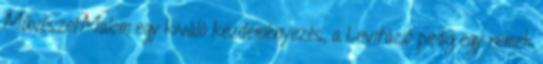
MűvészetMalom egy kiváló kezdeményezés, a Levitáció pedig egy remek